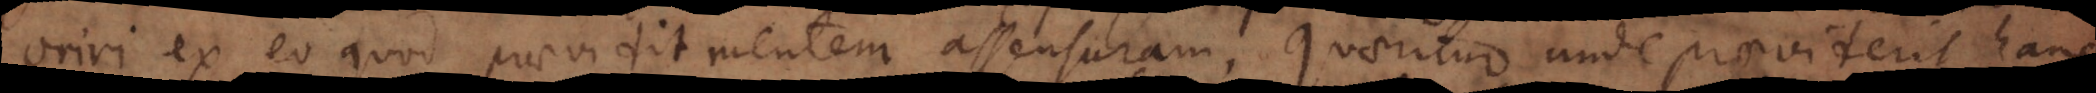
oriri ex eo quod praevidit mentem assensuram. Quaeritur unde praeviderit han